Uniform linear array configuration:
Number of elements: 4
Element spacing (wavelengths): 1
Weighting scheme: cosine
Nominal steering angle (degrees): -15
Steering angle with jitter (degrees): -14.877
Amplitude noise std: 0.05
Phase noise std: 0.05

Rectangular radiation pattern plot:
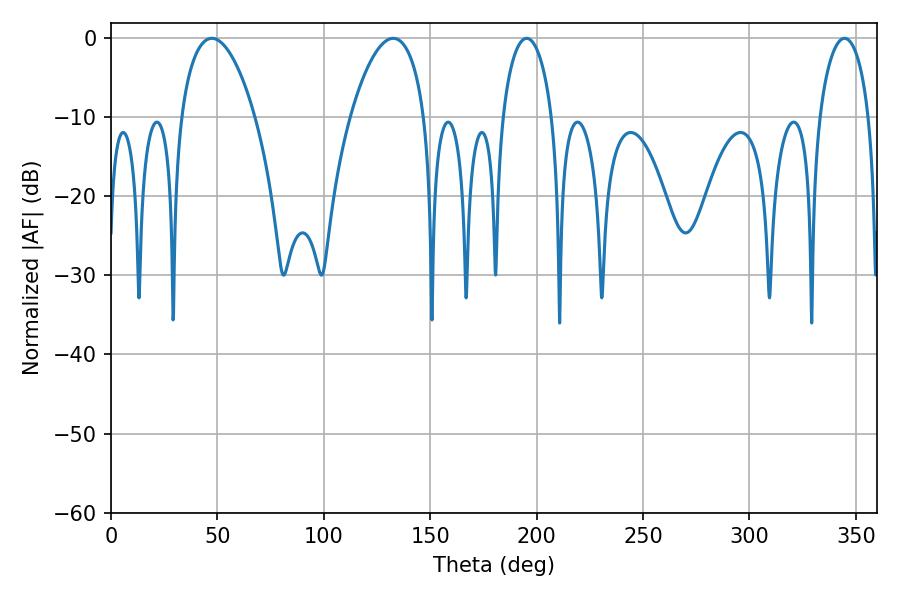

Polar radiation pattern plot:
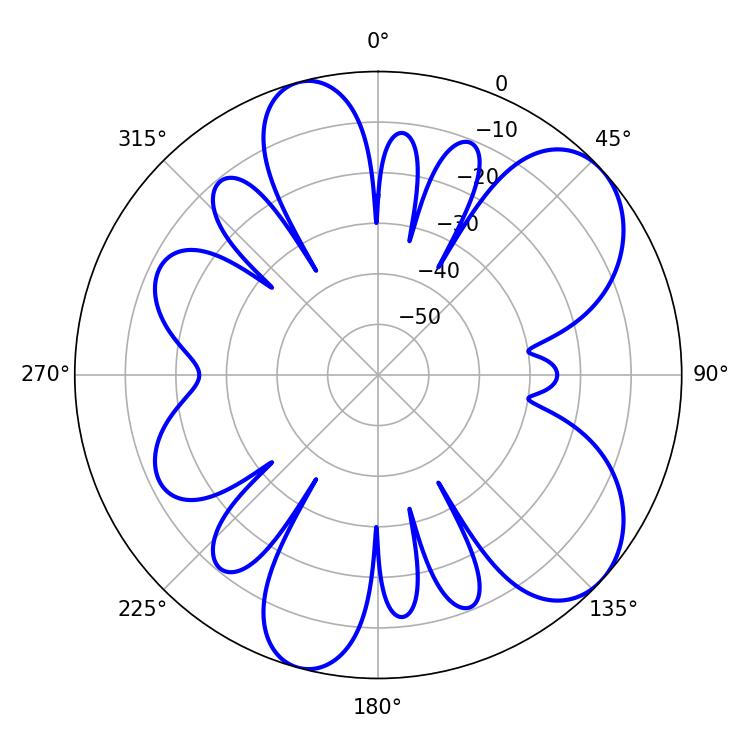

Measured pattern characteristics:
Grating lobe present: TRUE
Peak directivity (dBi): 7.39
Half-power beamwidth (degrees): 13.5
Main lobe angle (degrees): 344.7